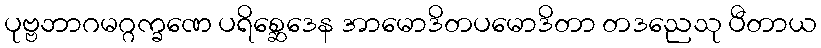
ပုဗ္ဗဘာဂမဂ္ဂက္ခဏေ ပရိစ္ဆေဒေန အာမောဒိတပမောဒိတာ တဒညေသု ပီတာယ